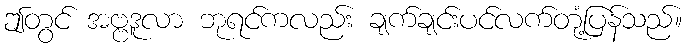
ဤတွင် အဗ္ဗဒူလာ ဘုရင်ကလည်း ချက်ချင်းပင်လက်တုံ့ပြန်သည်။